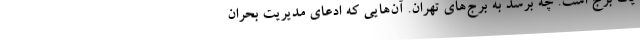
یک برج است. چه برسد به برج‌های تهران. آن‌هایی که ادعای مدیریت بحران